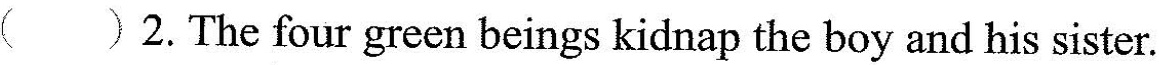
( )2.The four green beings kidnap the boy and his sister.